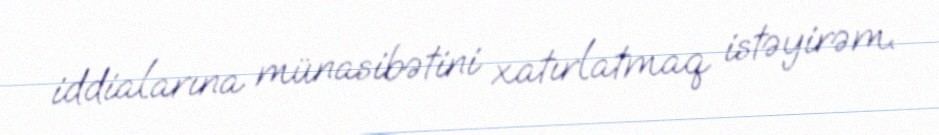
iddialarına münasibətini xatırlatmaq istəyirəm.